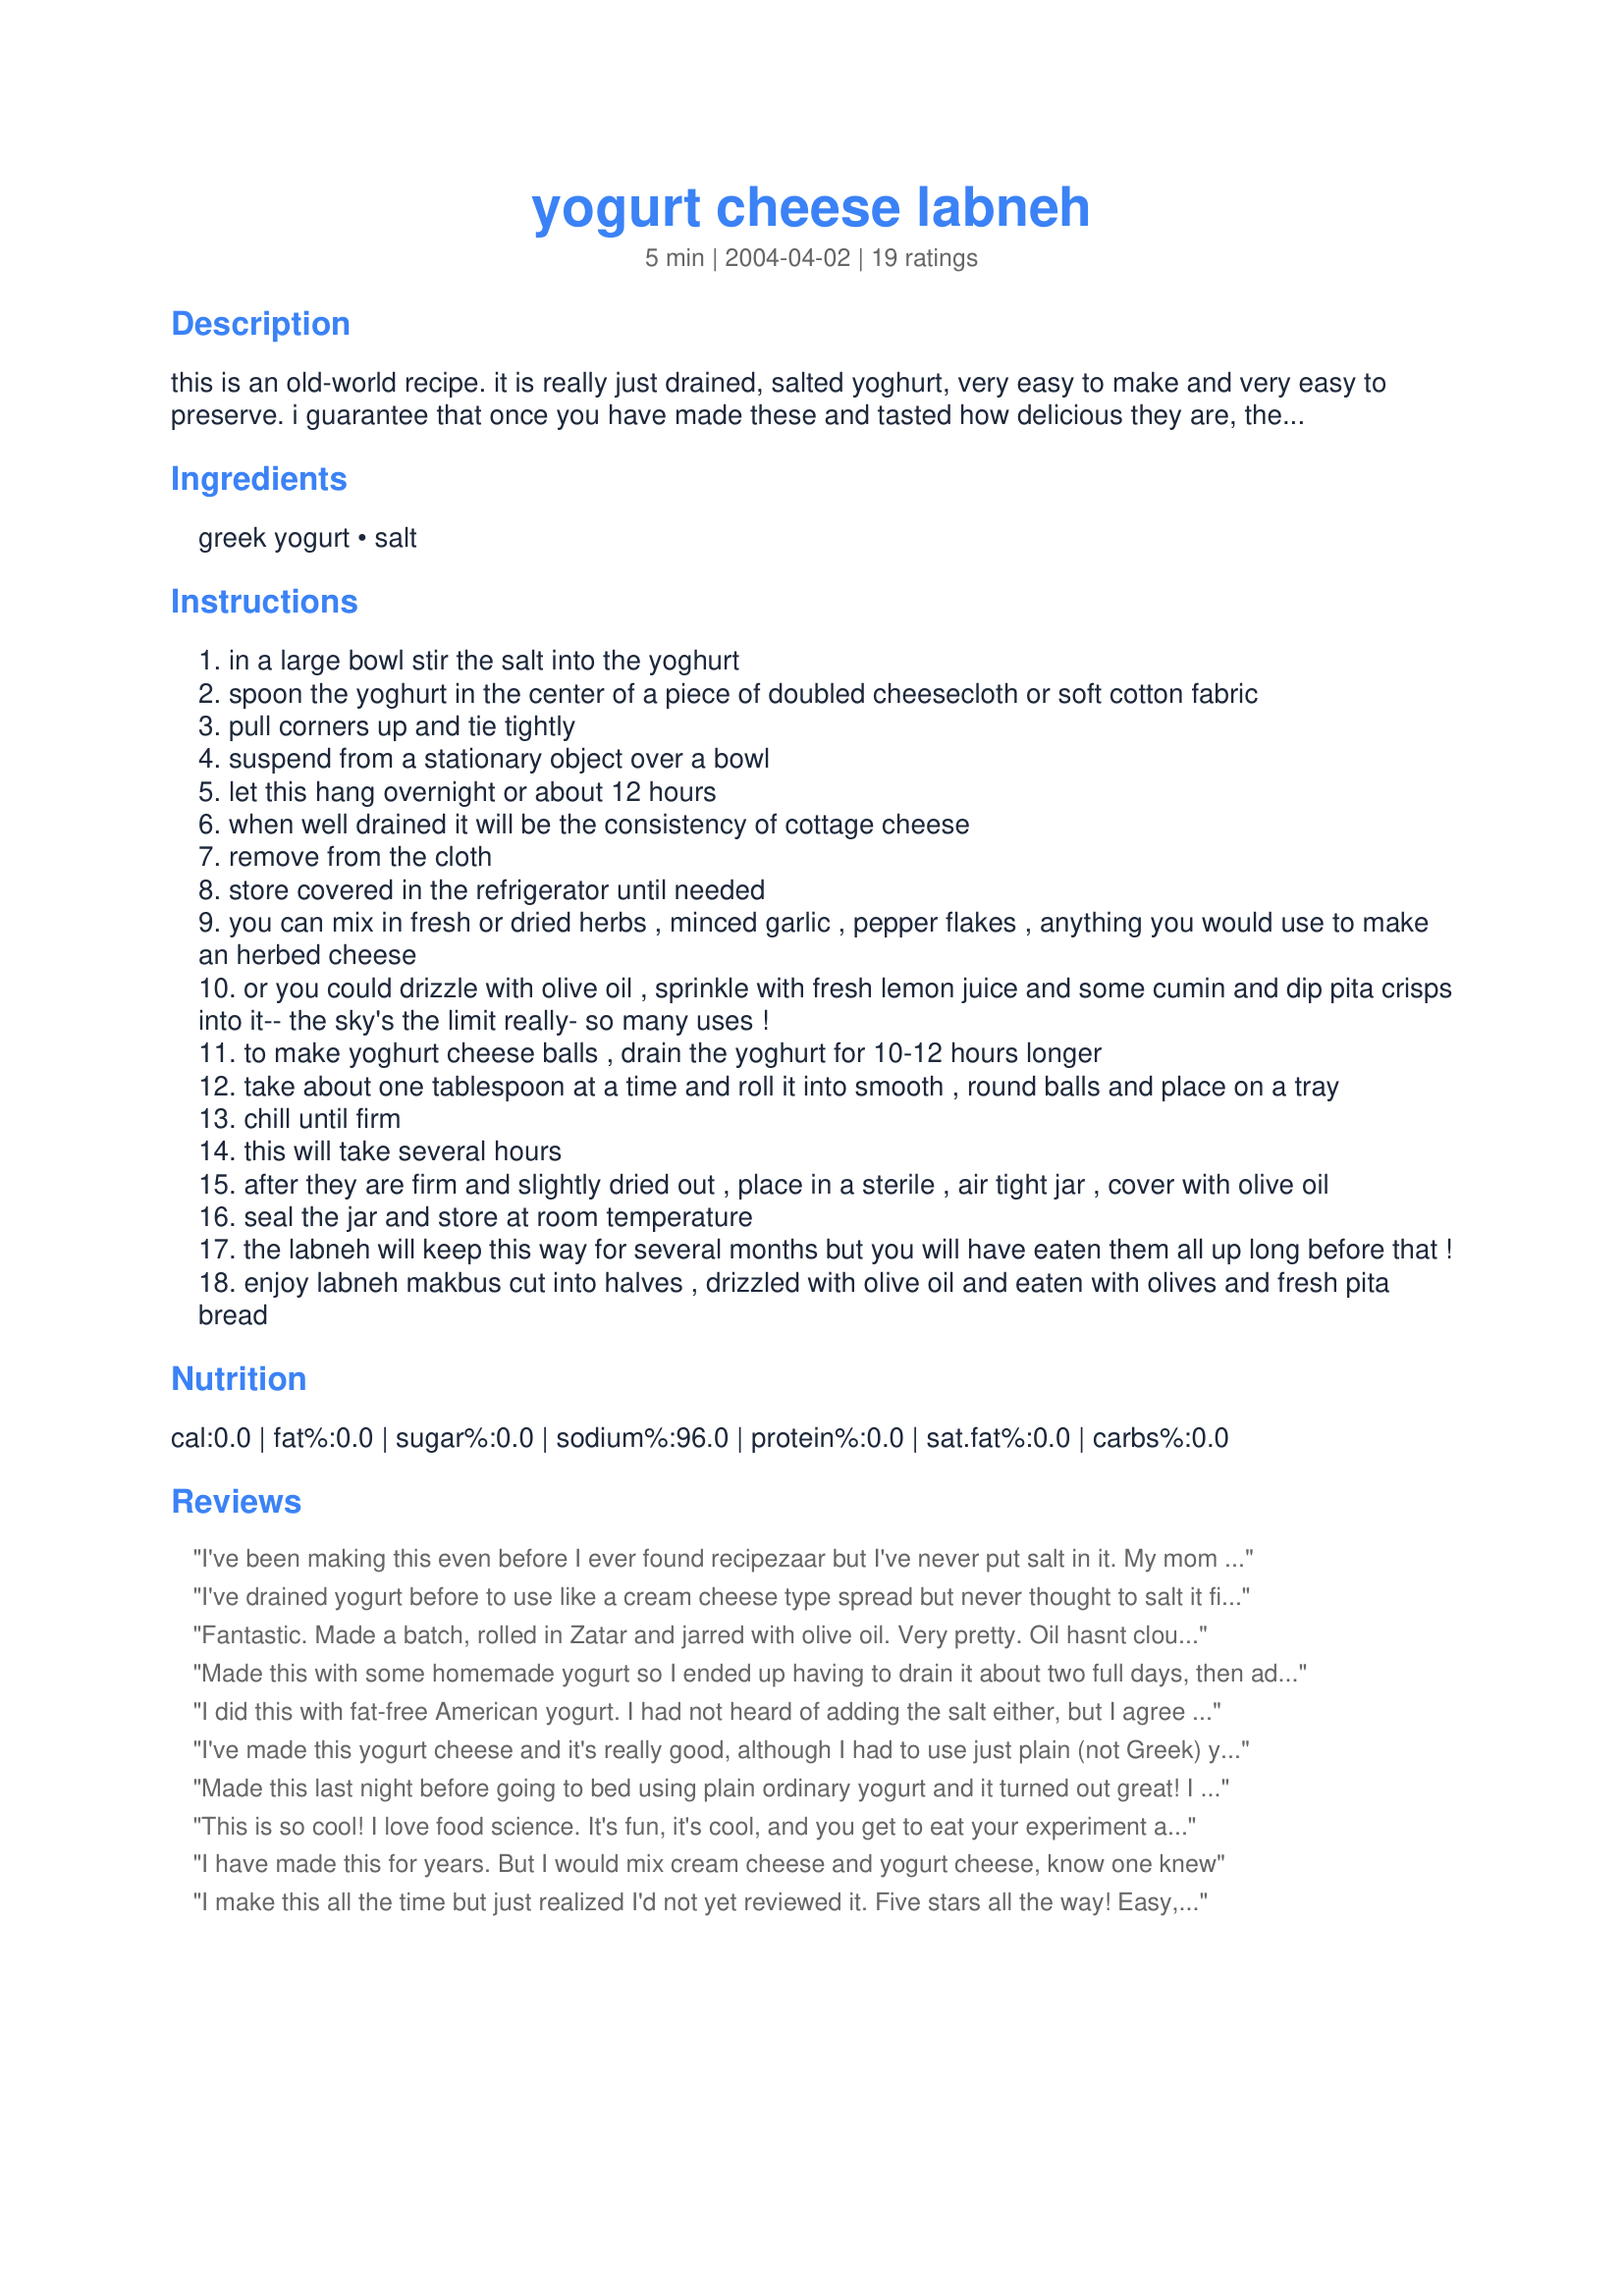
yogurt cheese labneh
Preparation time: 5 minutes

this is an old-world recipe. it is really just drained, salted yoghurt, very easy to make and very easy to preserve. i guarantee that once you have made these and tasted how delicious they are, they will become a staple in your home.

Ingredients:
greek yogurt, salt

Steps:
in a large bowl stir the salt into the yoghurt
spoon the yoghurt in the center of a piece of doubled cheesecloth or soft cotton fabric
pull corners up and tie tightly
suspend from a stationary object over a bowl
let this hang overnight or about 12 hours
when well drained it will be the consistency of cottage cheese
remove from the cloth
store covered in the refrigerator until needed
you can mix in fresh or dried herbs , minced garlic , pepper flakes , anything you would use to make an herbed cheese
or you could drizzle with olive oil , sprinkle with fresh lemon juice and some cumin and dip pita crisps into it-- the sky's the limit really- so many uses !
to make yoghurt cheese balls , drain the yoghurt for 10-12 hours longer
take about one tablespoon at a time and roll it into smooth , round balls and place on a tray
chill until firm
this will take several hours
after they are firm and slightly dried out , place in a sterile , air tight jar , cover with olive oil
seal the jar and store at room temperature
the labneh will keep this way for several months but you will have eaten them all up long before that !
enjoy labneh makbus cut into halves , drizzled with olive oil and eaten with olives and fresh pita bread

Reviews:
I've been making this even before I ever found recipezaar but I've never put salt in it. My mom puts it on as a base in lavash sandwiches for a snack for us. I usually suspend mine for about 3 days. I love it!
I've drained yogurt before to use like a cream cheese type spread but never thought to salt it first and was never introduced to the idea of making the "yoghurt cheese balls" - GREAT IDEA!!! I made a 1/2 batch with plain store brand Amer. yogurt (I want to try the Greek when I can find it) - I took the suggestion of a clean cotton cloth (a well worn tiny T-shirt)- in the past I have used paper towels...the T worked much better (and CAN be rinsed and re-used; much more enviro-friendly then my paper towel waste!!!) I added coarse pepper, rolled them in finely chopped walnuts and served them with spinach salad. Next time I will try different seasonings...as evelyn/athens stated "sky's the limit"!! A wonderfully versatile recipe - Thanks for sharing!!
Fantastic. Made a batch, rolled in Zatar and jarred with olive oil. Very pretty. Oil hasnt clouded and the colour of the herbs and sesame seeds pressed onto the cheese is very pretty. I will make little jars of them for Christmas gifts. My 3 and 5 year old kids have almost polished off this batch, I have had to hide the last of them for me and hubby!
Made this with some homemade yogurt so I ended up having to drain it about two full days, then added spinch dip mix, and I have to say it is wonderful. It never got firm enough to make the cheese balls, so next time I will use some store bought yogurt as it is firmer to start out with.
Thank you for a great recipe.
I did this with fat-free American yogurt. I had not heard of adding the salt either, but I agree that it is a great addition. I let mine drain for about 24 hours and from 3 cups of yogurt I got about 1 cup of yogurt cheese and about 1.75 cups of whey. I used most of the 'cheese' in stuffed mushrooms. I looked around for ways to use the whey and I'll definitely do some more experimenting, but this time I used it to make grits (with some added water, salt, and pepper; plus a tiny bit of parmesan at the end). They were amazing grits...they were soft and creamy and tasted cheesy and rich, when really they were quite light and healthy. I'll definitely be doing this frequently and trying out new uses and other types of yogurt. The labneh and whey are so much more interesting separate than they are together as yogurt!
I've made this yogurt cheese and it's really good, although I had to use just plain (not Greek) yogurt. I use it on crackers, instead of cream cheese. Very creamy.
Made this last night before going to bed using plain ordinary yogurt and it turned out great! I spread it over some toasted raisin bread for breakfast this morning
This is so cool! I love food science. It's fun, it's cool, and you get to eat your experiment afterward. I only made one cup of yogurt's worth, but it worked beautifully. And yummy! I spread it on a clementine. :)
I have made this for years. But I would mix cream cheese and yogurt cheese, know one knew
I make this all the time but just realized I'd not yet reviewed it. Five stars all the way! Easy, surprisingly flavorful, versatile, and popular with even the toddler...what more could I ask?! I try to keep a small jar in the fridge but it always goes so quickly that I have no idea how long it would really keep, lol. I can't get Greek yogurt here so have to settle for plain American style, but even so it's a wonderful addition to any meal. Thanks so much for posting!
Oh. Mah. Gawd. AMAZING. I made the cheese balls and ate a bunch with olives and sourdough and it ROCKED. So easy, so cheap and above all nutritious AND delicious!!
This is so easy and so good! I made a half recipe using plain grocery store non-fat yogurt. I love the tangy flavor and creamy texture - perfect on toasted bread. I will definately be making this again, and experimenting with different flavors. What a great way to sneak more yogurt into your diet!
i really loved this i made the cheese ball's and covered it with extra virgin olive oil, the was yummy spread over pumpernickle baguetts,with olives and garlic
Loved this cheese. I seasoned mine with cracked pepper and enjoyed snacking on the cheese balls.
I was skeptical at first, but when mixed with the olive oil, it turns into a great spread for crackers. I made this with homemade yogurt. Yum!
I've made yogurt cheese before but I never thought about adding salt. Great touch! Makes a huge difference.
I'm chilling the Yogurt cheese balls right now, but I had one with olive oil, lemon and cumin as a sample. Fantastic! I'm really trying to control myself and NOT get any more samples.
Thanks Evelyn.
This is so good. i can't have regular cheese, so this is a wonderful substitution. i used coffee filters and my colander instead of suspending it. Lovely. The consistency changes the longer you leave it sitting. It goes from sour cream texture to a cream cheese like texture. Thanks for the recipe!
Awesome! I usually half the recipe, but it's great! I haven't made the labneh balls yet, but I will have to try that too. I have also used recipe #32460 to make my own yogurt first and it's fantastic, but requires a little longer straining time.
Loved this recipe! I made half of it and let it sit overnight in the fridge. Today I packed it away in lunches with pita chips. Very good! Made for zwt 3!
